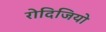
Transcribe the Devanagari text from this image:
रोदिजियो